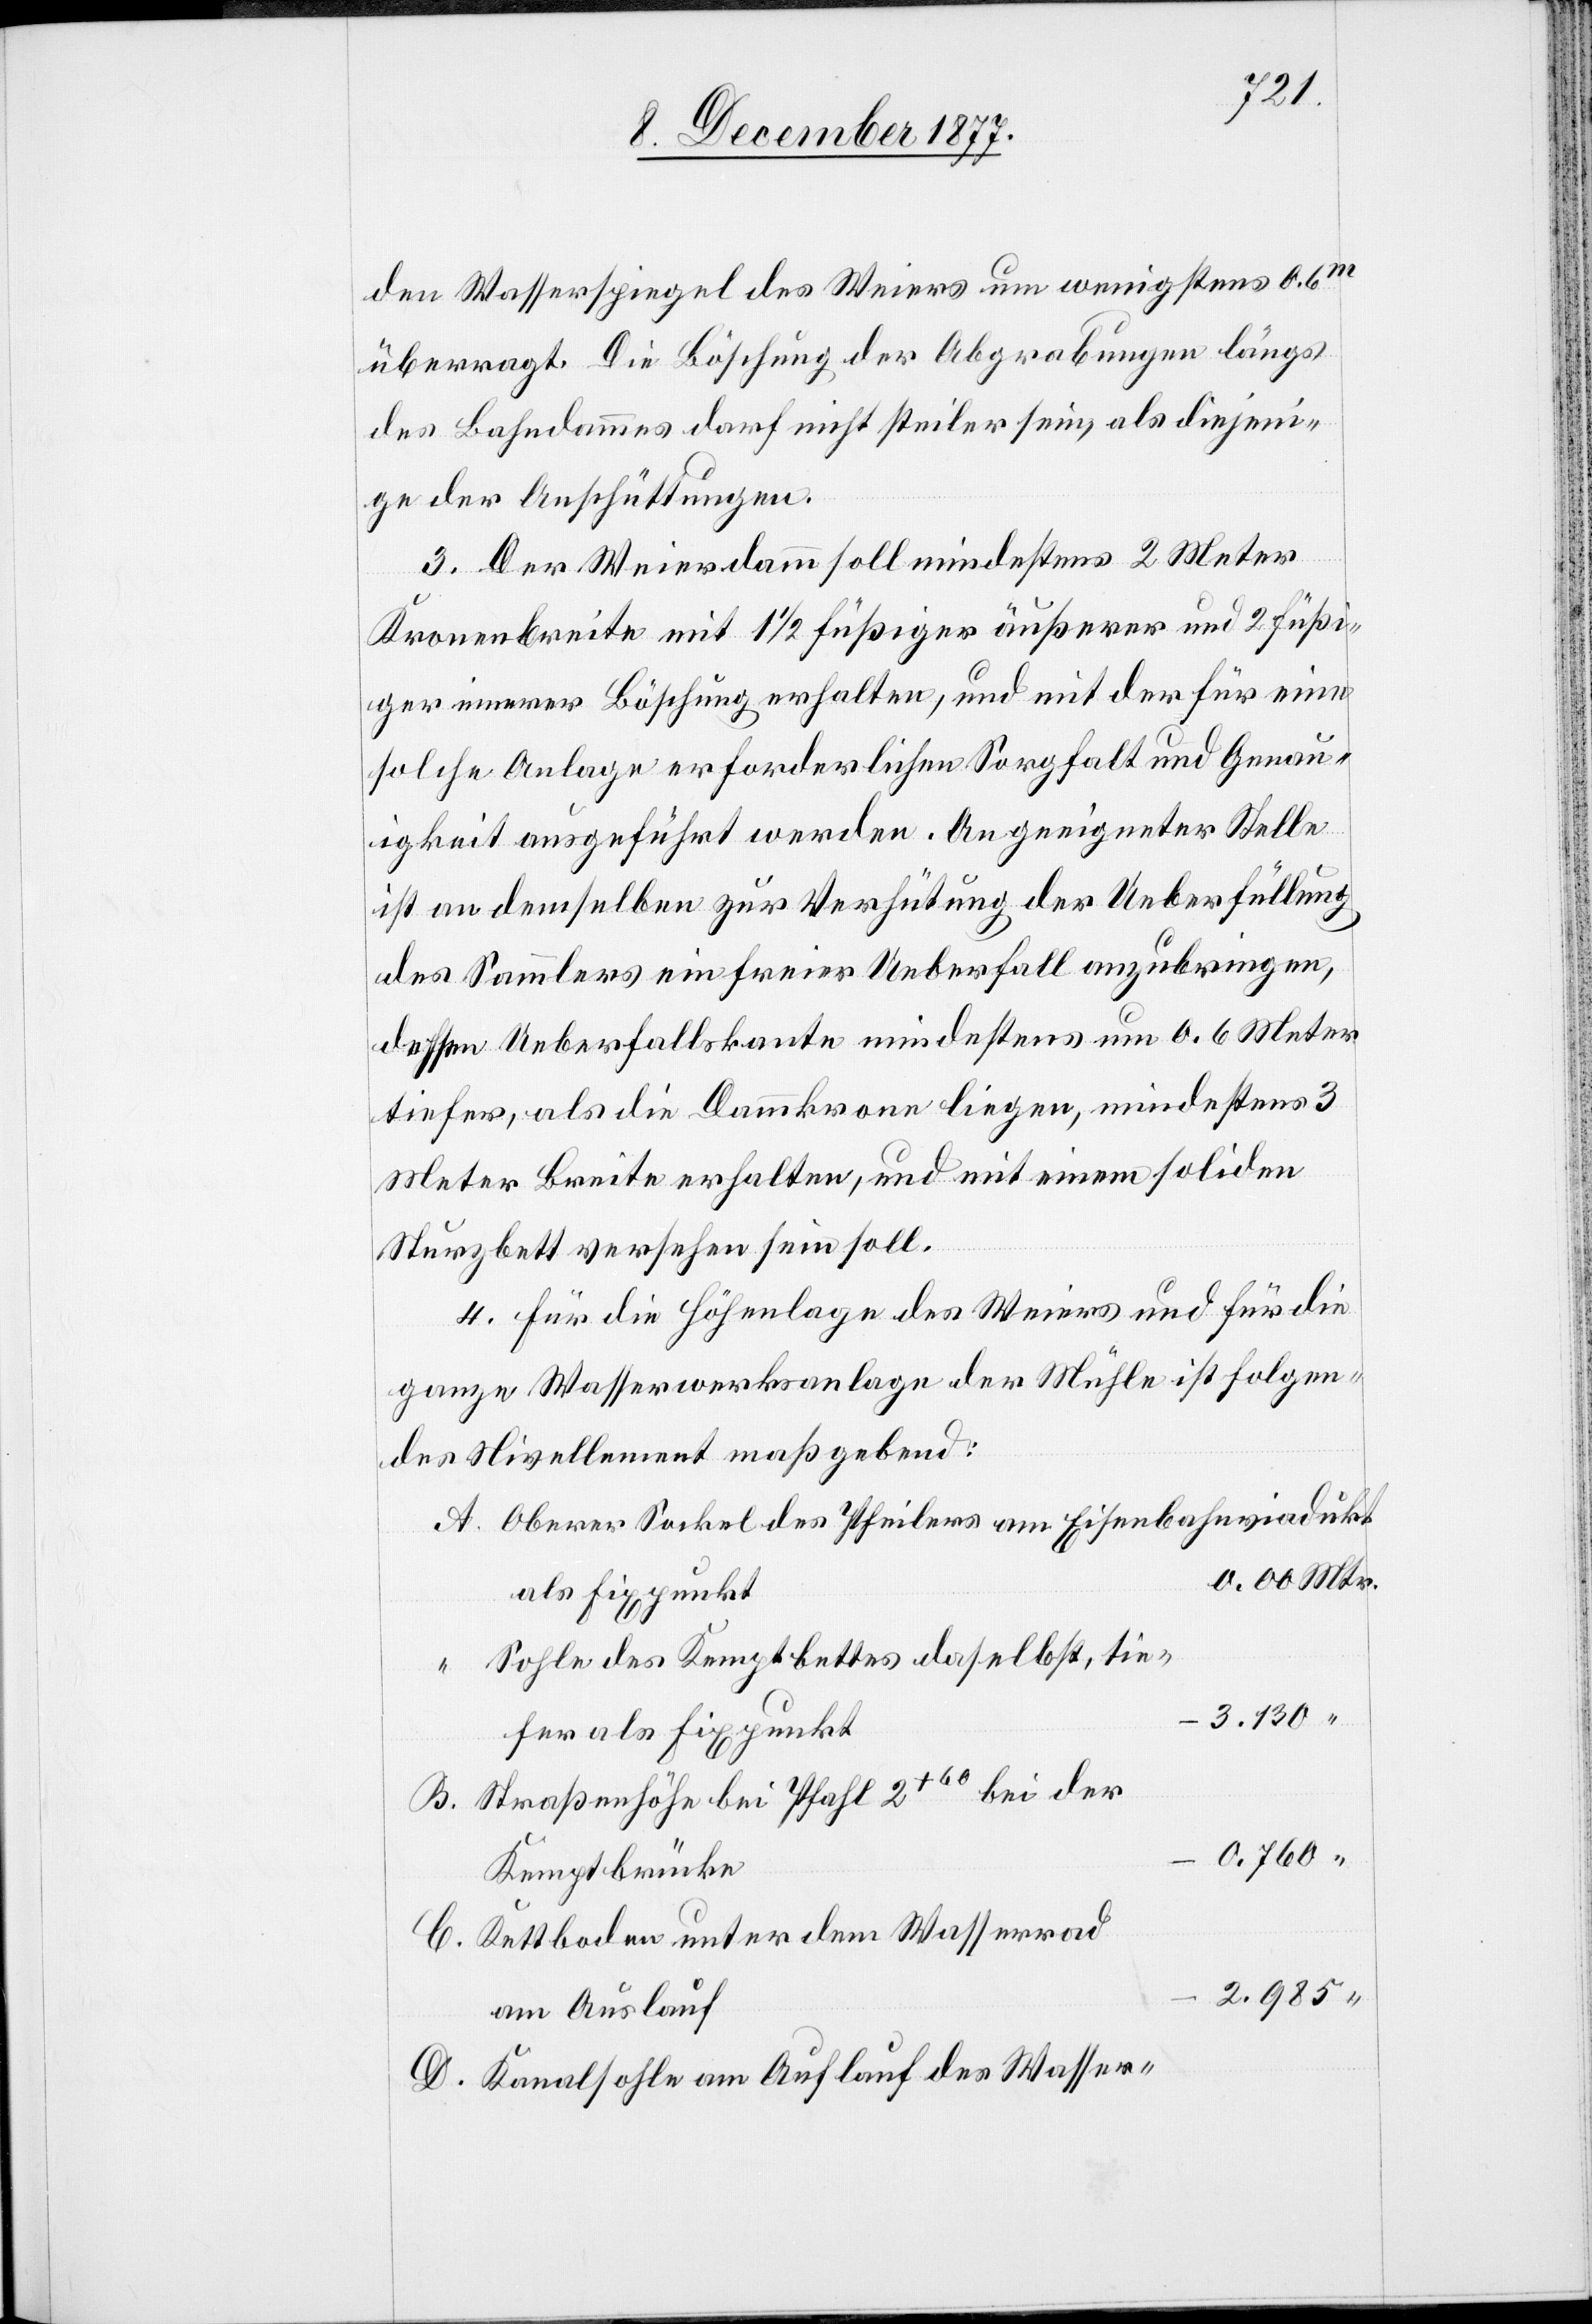
den Wasserspiegel des Weiers um wenigstens 0.6m
überragt. Die Böschung der Abgrabungen längs
des Bahndammes darf nicht steiler sein, als diejeni¬
ge der Anschüttungen.
3. Der Weierdamm soll mindestens 2 Meter
Kronenbreite mit 1 1/2 füßiger äußerer und 2 füßi¬
ger innerer Böschung erhalten, und mit der für eine
solche Anlage erforderlichen Sorgfalt und Genau¬
igkeit ausgeführt werden. An geeigneter Stelle
ist an demselben zur Verhütung der Ueberfüllung
des Sammlers ein freier Ueberfall anzubringen,
dessen Ueberfallskante mindestens um 0.6 Meter
tiefer, als die Dammkrone liegen, mindestens 3
Meter Breite erhalten, und mit einem soliden
Sturzbett versehen sein soll.
4. Für die Höhenlage des Weiers und für die
ganze Wasserwerksanlage der Mühle ist folgen¬
des Nivellement maßgebend:
Oberer Sockel des Pfeilers am Eisenbahnviadukt
0.00 Mtr.
als Fixpunkt
Sohle des Kemptbettes daselbst, tie¬
3.130 “
fer als Fixpunkt
Straßenhöhe bei Pfahl 2+60 bei der
0.760 “
Kemptbrücke
Kettboden unter dem Wasserrad
2.985
am Auslauf
Kanalsohle am Auflauf des Wasser-